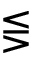
\lesseqgtr